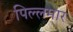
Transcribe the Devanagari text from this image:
पिल्लमार